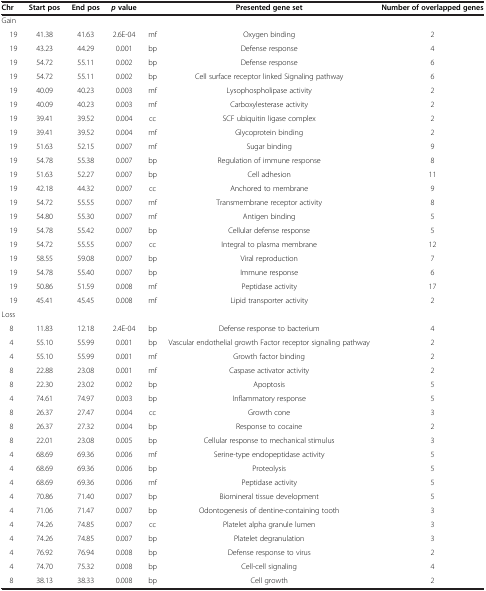
<table><thead><tr><td><b>Chr</b></td><td><b>Start pos</b></td><td><b>End pos</b></td><td><b><i>p </i>value</b></td><td><b> </b></td><td><b>Presented gene set</b></td><td><b>Number of overlapped genes</b></td></tr></thead><tbody><tr><td>Gain</td><td> </td><td> </td><td> </td><td> </td><td> </td><td> </td></tr><tr><td> 19</td><td>41.38</td><td>41.63</td><td>2.6E-04</td><td>mf</td><td>Oxygen binding</td><td>2</td></tr><tr><td> 19</td><td>43.23</td><td>44.29</td><td>0.001</td><td>bp</td><td>Defense response</td><td>4</td></tr><tr><td> 19</td><td>54.72</td><td>55.11</td><td>0.002</td><td>bp</td><td>Defense response</td><td>6</td></tr><tr><td> 19</td><td>54.72</td><td>55.11</td><td>0.002</td><td>bp</td><td>Cell surface receptor linked Signaling pathway</td><td>6</td></tr><tr><td> 19</td><td>40.09</td><td>40.23</td><td>0.003</td><td>mf</td><td>Lysophospholipase activity</td><td>2</td></tr><tr><td> 19</td><td>40.09</td><td>40.23</td><td>0.003</td><td>mf</td><td>Carboxylesterase activity</td><td>2</td></tr><tr><td> 19</td><td>39.41</td><td>39.52</td><td>0.004</td><td>cc</td><td>SCF ubiquitin ligase complex</td><td>2</td></tr><tr><td> 19</td><td>39.41</td><td>39.52</td><td>0.004</td><td>mf</td><td>Glycoprotein binding</td><td>2</td></tr><tr><td> 19</td><td>51.63</td><td>52.15</td><td>0.007</td><td>mf</td><td>Sugar binding</td><td>9</td></tr><tr><td> 19</td><td>54.78</td><td>55.38</td><td>0.007</td><td>bp</td><td>Regulation of immune response</td><td>8</td></tr><tr><td> 19</td><td>51.63</td><td>52.27</td><td>0.007</td><td>bp</td><td>Cell adhesion</td><td>11</td></tr><tr><td> 19</td><td>42.18</td><td>44.32</td><td>0.007</td><td>cc</td><td>Anchored to membrane</td><td>9</td></tr><tr><td> 19</td><td>54.72</td><td>55.55</td><td>0.007</td><td>mf</td><td>Transmembrane receptor activity</td><td>8</td></tr><tr><td> 19</td><td>54.80</td><td>55.30</td><td>0.007</td><td>mf</td><td>Antigen binding</td><td>5</td></tr><tr><td> 19</td><td>54.78</td><td>55.42</td><td>0.007</td><td>bp</td><td>Cellular defense response</td><td>5</td></tr><tr><td> 19</td><td>54.72</td><td>55.55</td><td>0.007</td><td>cc</td><td>Integral to plasma membrane</td><td>12</td></tr><tr><td> 19</td><td>58.55</td><td>59.08</td><td>0.007</td><td>bp</td><td>Viral reproduction</td><td>7</td></tr><tr><td> 19</td><td>54.78</td><td>55.40</td><td>0.007</td><td>bp</td><td>Immune response</td><td>6</td></tr><tr><td> 19</td><td>50.86</td><td>51.59</td><td>0.008</td><td>mf</td><td>Peptidase activity</td><td>17</td></tr><tr><td> 19</td><td>45.41</td><td>45.45</td><td>0.008</td><td>mf</td><td>Lipid transporter activity</td><td>2</td></tr><tr><td>Loss</td><td> </td><td> </td><td> </td><td> </td><td> </td><td> </td></tr><tr><td> 8</td><td>11.83</td><td>12.18</td><td>2.4E-04</td><td>bp</td><td>Defense response to bacterium</td><td>4</td></tr><tr><td> 4</td><td>55.10</td><td>55.99</td><td>0.001</td><td>bp</td><td>Vascular endothelial growth Factor receptor signaling pathway</td><td>2</td></tr><tr><td> 4</td><td>55.10</td><td>55.99</td><td>0.001</td><td>mf</td><td>Growth factor binding</td><td>2</td></tr><tr><td> 8</td><td>22.88</td><td>23.08</td><td>0.001</td><td>mf</td><td>Caspase activator activity</td><td>2</td></tr><tr><td> 8</td><td>22.30</td><td>23.02</td><td>0.002</td><td>bp</td><td>Apoptosis</td><td>5</td></tr><tr><td> 4</td><td>74.61</td><td>74.97</td><td>0.003</td><td>bp</td><td>Inflammatory response</td><td>5</td></tr><tr><td> 8</td><td>26.37</td><td>27.47</td><td>0.004</td><td>cc</td><td>Growth cone</td><td>3</td></tr><tr><td> 8</td><td>26.37</td><td>27.32</td><td>0.004</td><td>bp</td><td>Response to cocaine</td><td>2</td></tr><tr><td> 8</td><td>22.01</td><td>23.08</td><td>0.005</td><td>bp</td><td>Cellular response to mechanical stimulus</td><td>3</td></tr><tr><td> 4</td><td>68.69</td><td>69.36</td><td>0.006</td><td>mf</td><td>Serine-type endopeptidase activity</td><td>5</td></tr><tr><td> 4</td><td>68.69</td><td>69.36</td><td>0.006</td><td>bp</td><td>Proteolysis</td><td>5</td></tr><tr><td> 4</td><td>68.69</td><td>69.36</td><td>0.006</td><td>mf</td><td>Peptidase activity</td><td>5</td></tr><tr><td> 4</td><td>70.86</td><td>71.40</td><td>0.007</td><td>bp</td><td>Biomineral tissue development</td><td>5</td></tr><tr><td> 4</td><td>71.06</td><td>71.47</td><td>0.007</td><td>bp</td><td>Odontogenesis of dentine-containing tooth</td><td>3</td></tr><tr><td> 4</td><td>74.26</td><td>74.85</td><td>0.007</td><td>cc</td><td>Platelet alpha granule lumen</td><td>3</td></tr><tr><td> 4</td><td>74.26</td><td>74.85</td><td>0.007</td><td>bp</td><td>Platelet degranulation</td><td>3</td></tr><tr><td> 4</td><td>76.92</td><td>76.94</td><td>0.008</td><td>bp</td><td>Defense response to virus</td><td>2</td></tr><tr><td> 4</td><td>74.70</td><td>75.32</td><td>0.008</td><td>bp</td><td>Cell-cell signaling</td><td>4</td></tr><tr><td> 8</td><td>38.13</td><td>38.33</td><td>0.008</td><td>bp</td><td>Cell growth</td><td>2</td></tr></tbody></table>